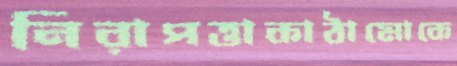
নিরাপত্তাকাঠামোকে